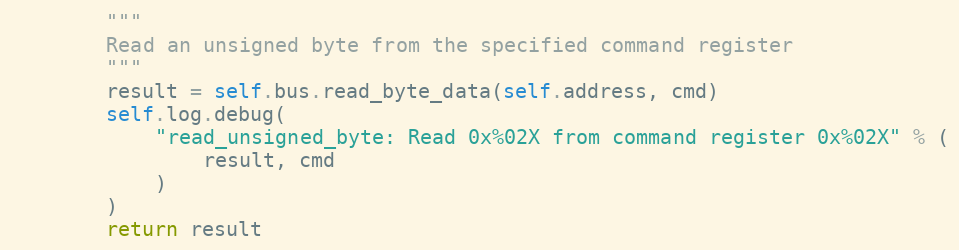
Language: Python
        """
        Read an unsigned byte from the specified command register
        """
        result = self.bus.read_byte_data(self.address, cmd)
        self.log.debug(
            "read_unsigned_byte: Read 0x%02X from command register 0x%02X" % (
                result, cmd
            )
        )
        return result